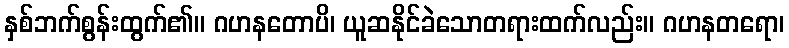
နှစ်ဘက်စွန်းထွက်၏။ ဂဟနတောပိ၊ ယူဆနိုင်ခဲသောတရားထက်လည်း။ ဂဟနတရော၊